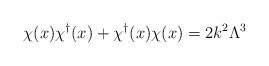
LaTeX: \begin{align*}\chi(x)\chi^{\dagger}(x)+\chi^{\dagger}(x)\chi(x) =2k^2\Lambda^3\end{align*}